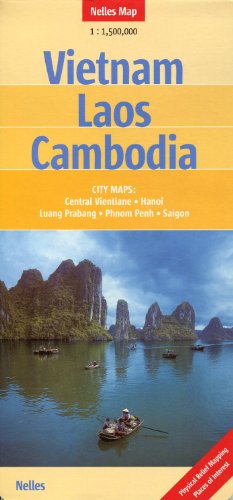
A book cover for Vietnam, Laos, Cambodia (Indochina) 1:1,500,000 Travel Map NELLES,; Nelles Verlag; Travel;